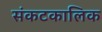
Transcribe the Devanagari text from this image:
संकटकालिक